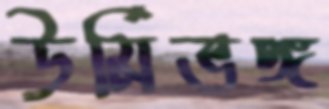
ঊর্মিভঙ্গ